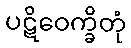
ပဋိဝေက္ခိတုံ